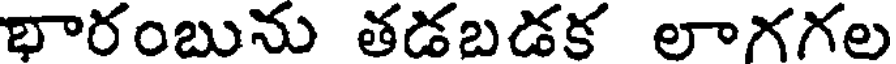
భారంబును తడబడక లాగగల